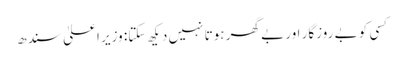
کسی کو بے روزگار اور بے گھر ہوتا نہیں دیکھ سکتا: وزیرِ اعلیٰ سندھ